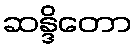
ဆန္ဒိတော